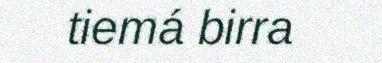
tiemá birra